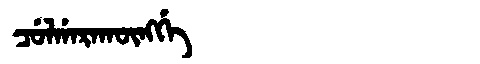
Manchu: ᠴᡠᠯᡤᠠᡵᠠᡴᡡᠩᡤᡝ
Romanization: CULGARAKŪNGGE